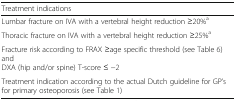
<table><thead><tr><td><b>Treatment indications</b></td></tr></thead><tbody><tr><td>Lumbar fracture on IVA with a vertebral height reduction ≥20%<sup>a</sup></td></tr><tr><td>Thoracic fracture on IVA with a vertebral height reduction ≥25%<sup>a</sup></td></tr><tr><td>Fracture risk according to FRAX ≥age specific threshold (see Table 6) andDXA (hip and/or spine) T-score ≤ −2</td></tr><tr><td>Treatment indication according to the actual Dutch guideline for GP’s for primary osteoporosis (see Table 1)</td></tr></tbody></table>